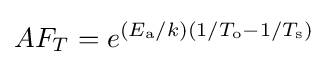
AF_{T}=e^{(E_{\text{a}}/k)(1/T_{\text{o}}-1/T_{\text{s}})}